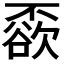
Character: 𠁓